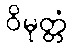
ဝိမုတ္တံ